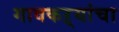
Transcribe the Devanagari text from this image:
गावकऱ्यांचा